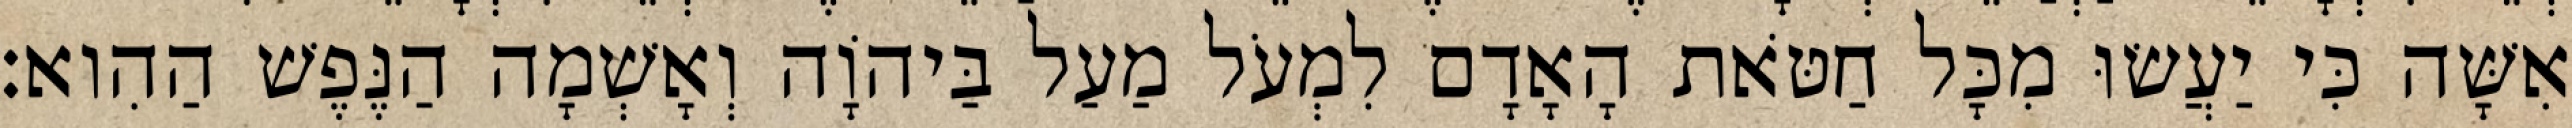
אִשָּׁה כִּי יַעֲשׂוּ מִכָּל חַטֹּאת הָאָדָם לִמְעֹל מַעַל בַּיהוָֹה וְאָשְׁמָה הַנֶּפֶשׁ הַהִוא׃